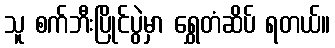
သူ စက်ဘီးပြိုင်ပွဲမှာ ရွှေတံဆိပ် ရတယ်။